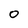
Character: 0